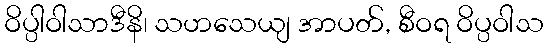
ဝိပ္ပါဝါသာဒီနိ၊ သဟသေယျ အာပတ်, စီဝရ ဝိပ္ပဝါသ